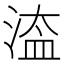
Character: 𣹆